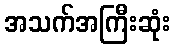
အသက်အကြီးဆုံး